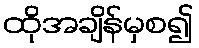
ထိုအချိန်မှစ၍